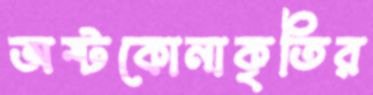
অষ্টকোনাকৃতির